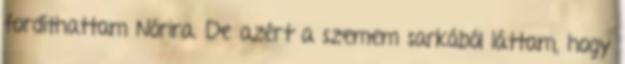
fordíthattam Nórira. De azért a szemem sarkából láttam, hogy